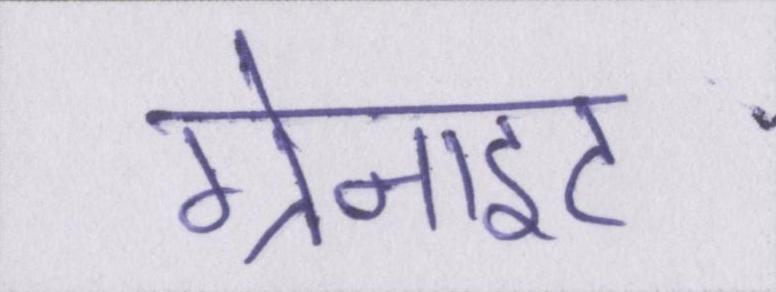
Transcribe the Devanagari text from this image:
ग्रेनाइट